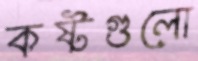
কষ্টগুলো